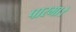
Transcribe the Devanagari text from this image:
पारमा।